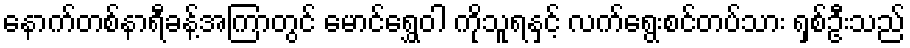
နောက်တစ်နာရီခန့်အကြာတွင် မောင်ရွှေဝါ ကိုသူရနှင့် လက်ရွေးစင်တပ်သား ရှစ်ဦးသည်